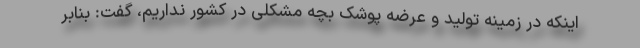
اینکه در زمینه تولید و عرضه پوشک بچه مشکلی در کشور نداریم، گفت: بنابر